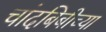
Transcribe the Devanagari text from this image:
चांदबिबीच्या